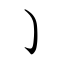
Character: ㇁